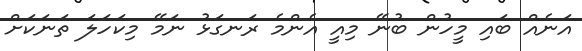
އަނެއް ބައި މީހުން ބުނޭ މިއީ އެންމެ ރަނގަޅު ނަމޭ މިކަހަލަ ތަނަކަށް